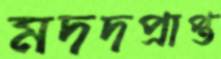
মদদপ্রাপ্ত